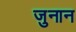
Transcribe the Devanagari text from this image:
जुनान